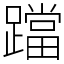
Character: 𨆉